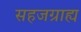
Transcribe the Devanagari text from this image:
सहजग्राह्य